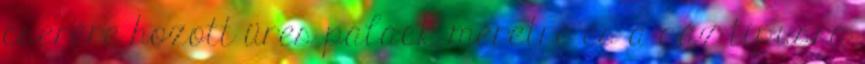
cserére hozott üres palack méretre és a gáz típusra